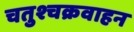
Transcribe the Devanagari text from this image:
चतुश्चक्रवाहन